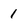
Character: 1